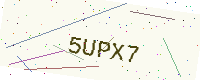
Text: 5UPX7